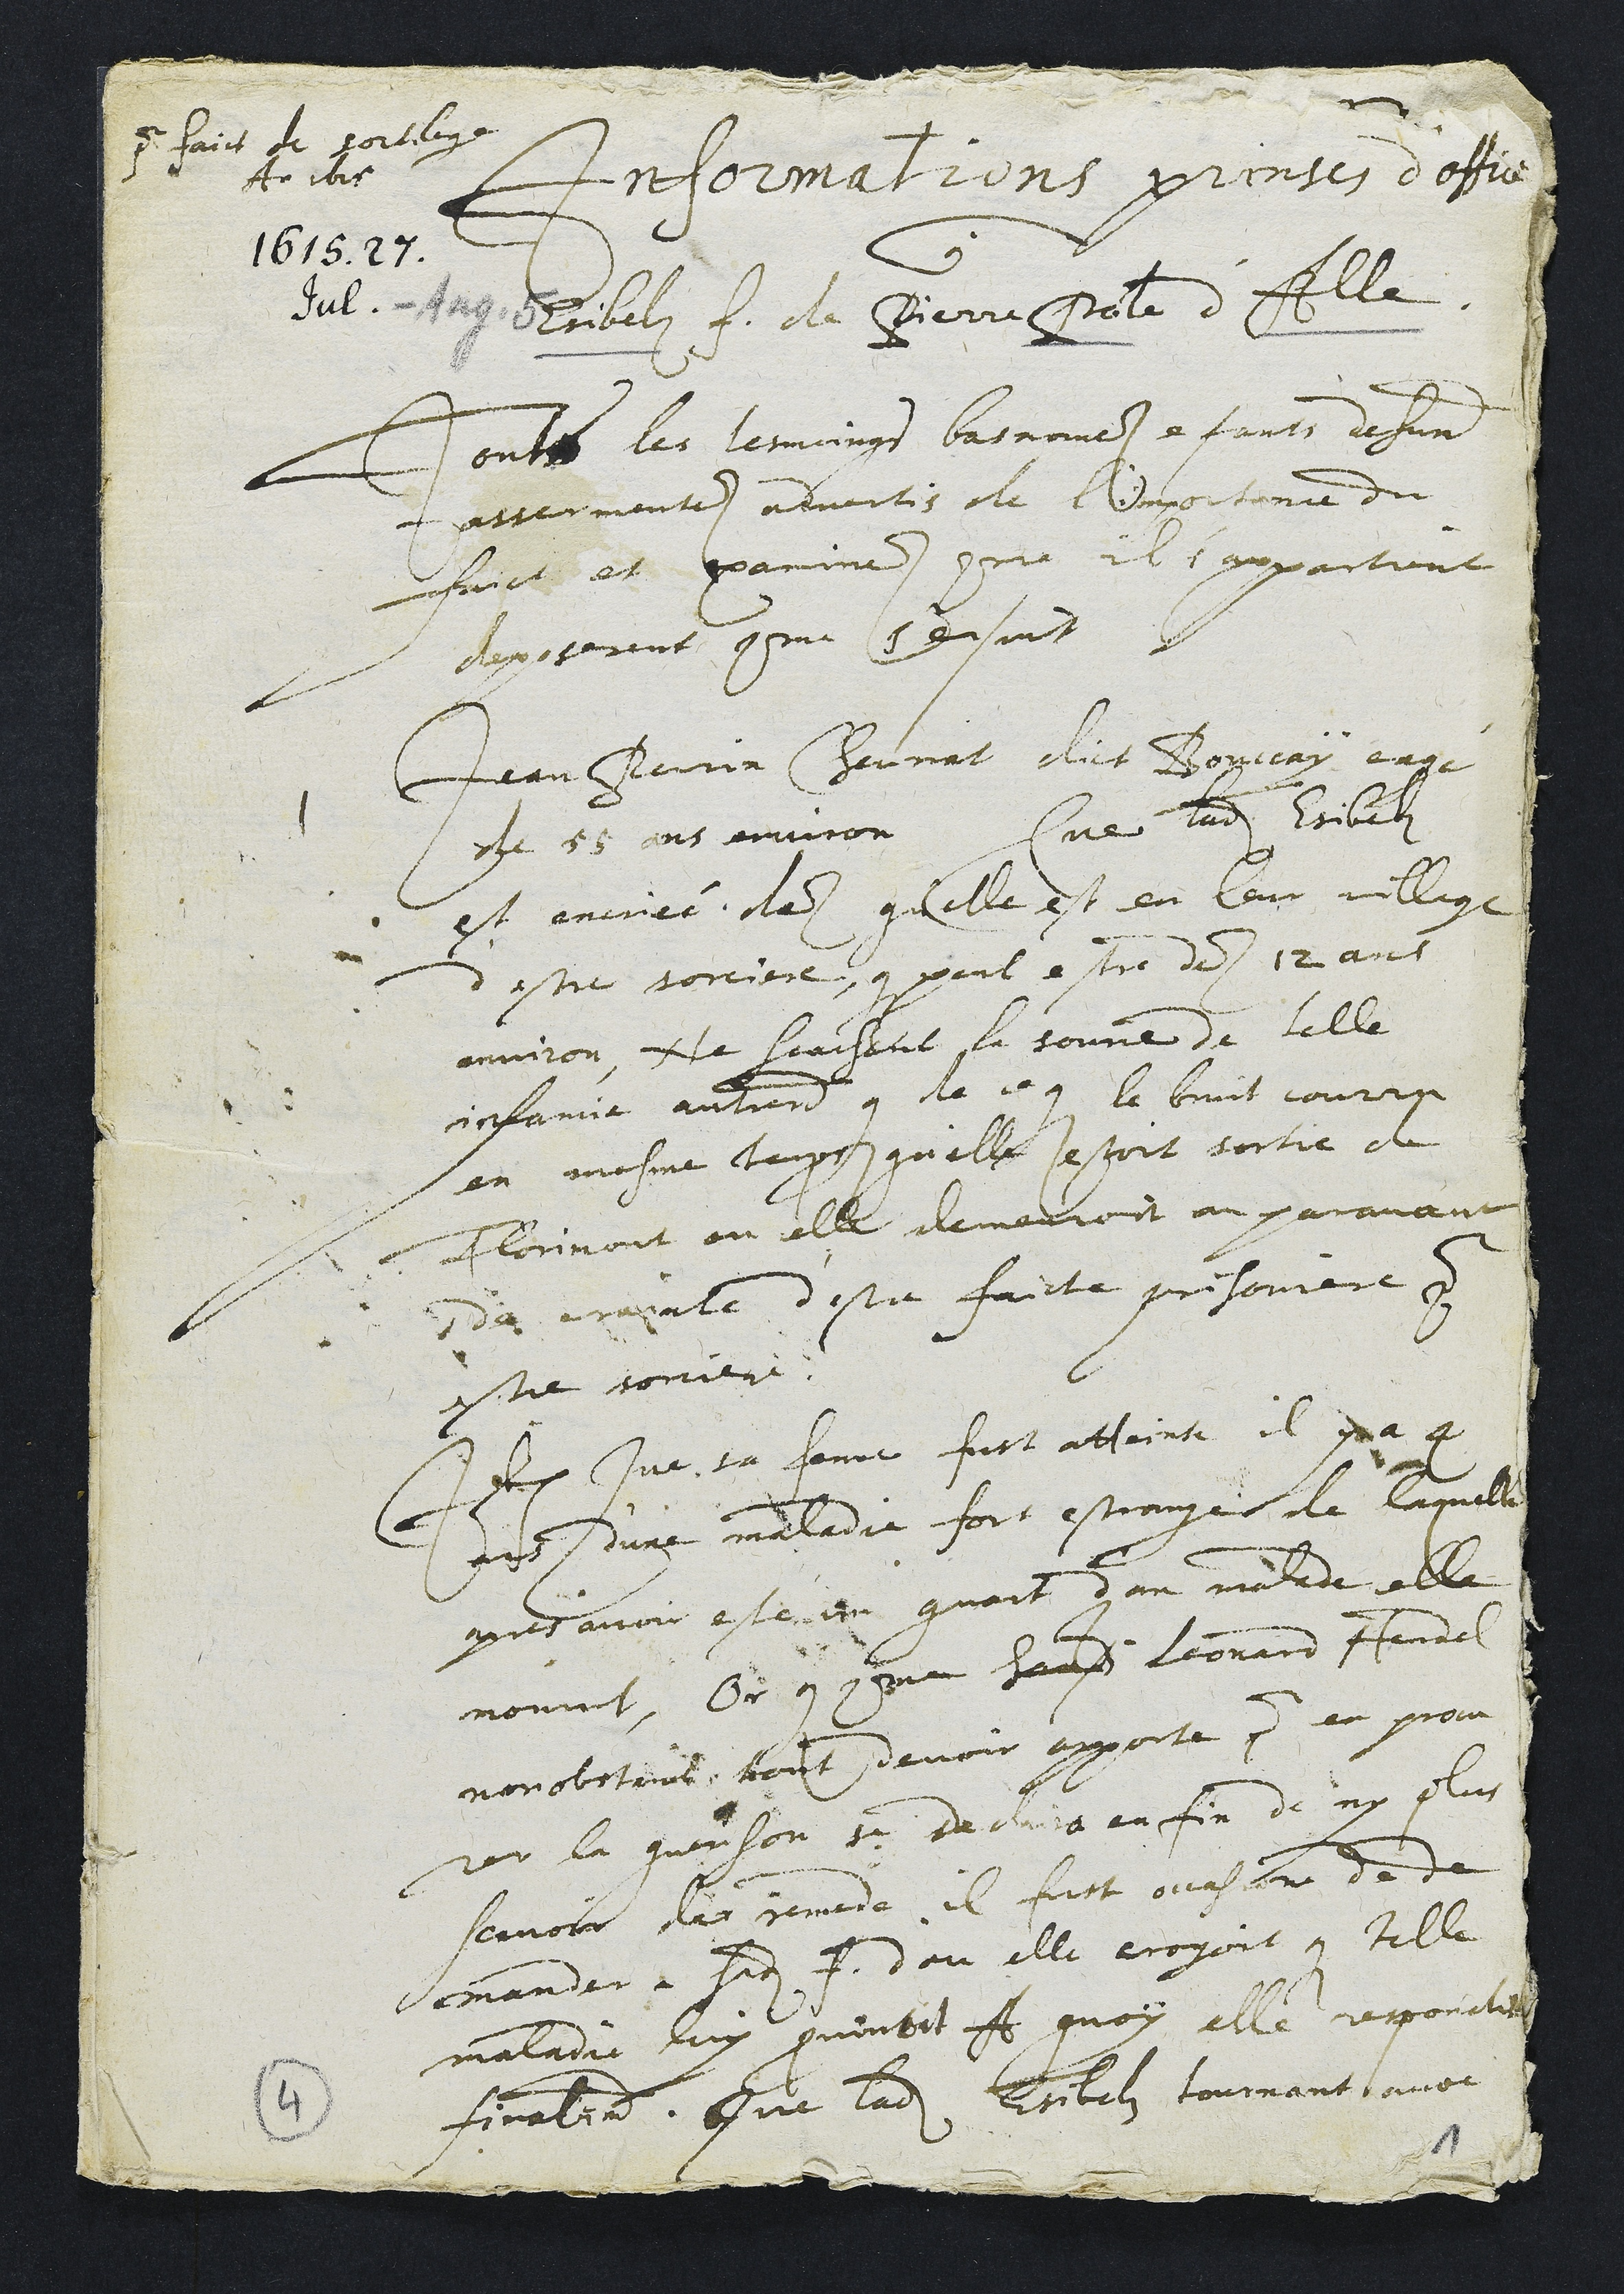
Pour faict de sortilege
Anno 1615
Informations prinses d'office
Esibels f. de Pierre Pole d'Alle
Tous les tesmoings bas nomes estants dehument
assermentes advertis de l'importance du
faict et examines comme il s'appartient
deposerent comme s'ensuit
1 Jean Perrin Chevriat dict Bonnay eagé
de 55 ans environ Que ladite Esibels
est encriée des qu'elle est en leur village
d'estre sorciere, que peut estre des 12 ans
environ, Ne scaichant la source de telle
infamie autrement que de ce que le bruit courru
en mesme temps qu'elle estoit sortie de
Florimont ou elle demeuroit auparavant
de crainte d'estre faicte prisoniere pour
estre sorciere.
Item Que sa feme fust atteinte il  a 4
ans d'une maladie fort estrange de laquelle
apres avoir este un quart d'an malade elle
mourut, Or que comme Hans Leonard Hendel
nonobstant tout devoir apporta pour en procu
rer la guerison se declaira enfin de ny plus
scavoir de remede il fust occasione de de
mander a sadite f. d'ou elle croyoit que telle
maladie luy provenoit A quoy elle respondit
finalement Que ladite Esibels fourvant avoit